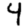
Digit: 4